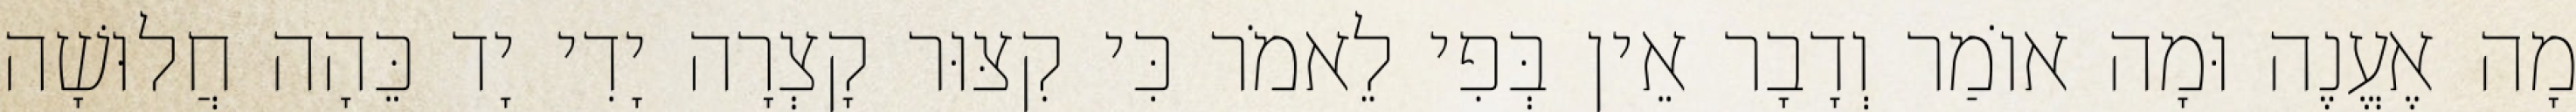
מָה אֶעֱנֶה וּמָה אוֹמַר וְדָבָר אֵין בְּפִי לֵאמֹר כִּי קִצּוּר קָצְרָה יָדִי יָד כֵּהָה חֲלוּשָׁה